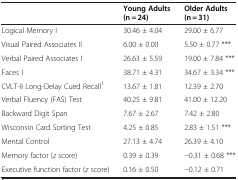
<table><thead><tr><td><b> </b></td><td><b>Young Adults (n = 24)</b></td><td><b>Older Adults (n = 31)</b></td></tr></thead><tbody><tr><td>Logical Memory I</td><td>30.46 ± 4.04</td><td>29.00 ± 6.77</td></tr><tr><td>Visual Paired Associates II</td><td>6.00 ± 0.00</td><td>5.50 ± 0.77 ***</td></tr><tr><td>Verbal Paired Associates I</td><td>26.63 ± 5.59</td><td>19.00 ± 7.84 ***</td></tr><tr><td>Faces I</td><td>38.71 ± 4.31</td><td>34.67 ± 3.34 ***</td></tr><tr><td>CVLT-II Long-Delay Cued Recall<sup>1</sup></td><td>13.67 ± 1.81</td><td>12.39 ± 2.70</td></tr><tr><td>Verbal Fluency (FAS) Test</td><td>40.25 ± 9.81</td><td>41.00 ± 12.20</td></tr><tr><td>Backward Digit Span</td><td>7.67 ± 2.67</td><td>7.42 ± 2.80</td></tr><tr><td>Wisconsin Card Sorting Test</td><td>4.25 ± 0.85</td><td>2.83 ± 1.51 ***</td></tr><tr><td>Mental Control</td><td>27.13 ± 4.74</td><td>26.39 ± 4.10</td></tr><tr><td>Memory factor (<i>z</i> score)</td><td>0.39 ± 0.39</td><td>−0.31 ± 0.68 ***</td></tr><tr><td>Executive function factor (<i>z</i> score)</td><td>0.16 ± 0.50</td><td>−0.12 ± 0.71</td></tr></tbody></table>